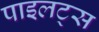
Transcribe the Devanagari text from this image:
पाइलट्स